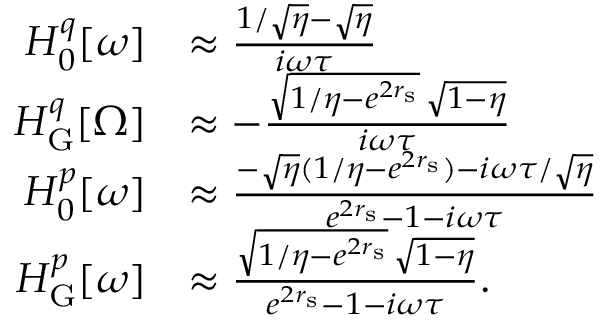
\begin{array} { r l } { H _ { 0 } ^ { q } [ \omega ] } & { \approx \frac { 1 / \sqrt { \eta } - \sqrt { \eta } } { i \omega \tau } } \\ { H _ { \mathrm { G } } ^ { q } [ \Omega ] } & { \approx - \frac { \sqrt { 1 / \eta - e ^ { 2 r _ { \mathrm { s } } } } \, \sqrt { 1 - \eta } } { i \omega \tau } } \\ { H _ { 0 } ^ { p } [ \omega ] } & { \approx \frac { - \sqrt { \eta } ( 1 / \eta - e ^ { 2 r _ { \mathrm { s } } } ) - i \omega \tau / \sqrt { \eta } } { e ^ { 2 r _ { \mathrm { s } } } - 1 - i \omega \tau } } \\ { H _ { \mathrm { G } } ^ { p } [ \omega ] } & { \approx \frac { \sqrt { 1 / \eta - e ^ { 2 r _ { \mathrm { s } } } } \, \sqrt { 1 - \eta } } { e ^ { 2 r _ { \mathrm { s } } } - 1 - i \omega \tau } . } \end{array}